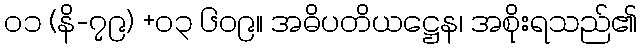
၀၁ (နိ-၇၉) +၀၃ ၆၀၉။ အဓိပတိယဋ္ဌေန၊ အစိုးရသည်၏